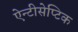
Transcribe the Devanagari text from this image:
ऐन्टीसेप्टिक